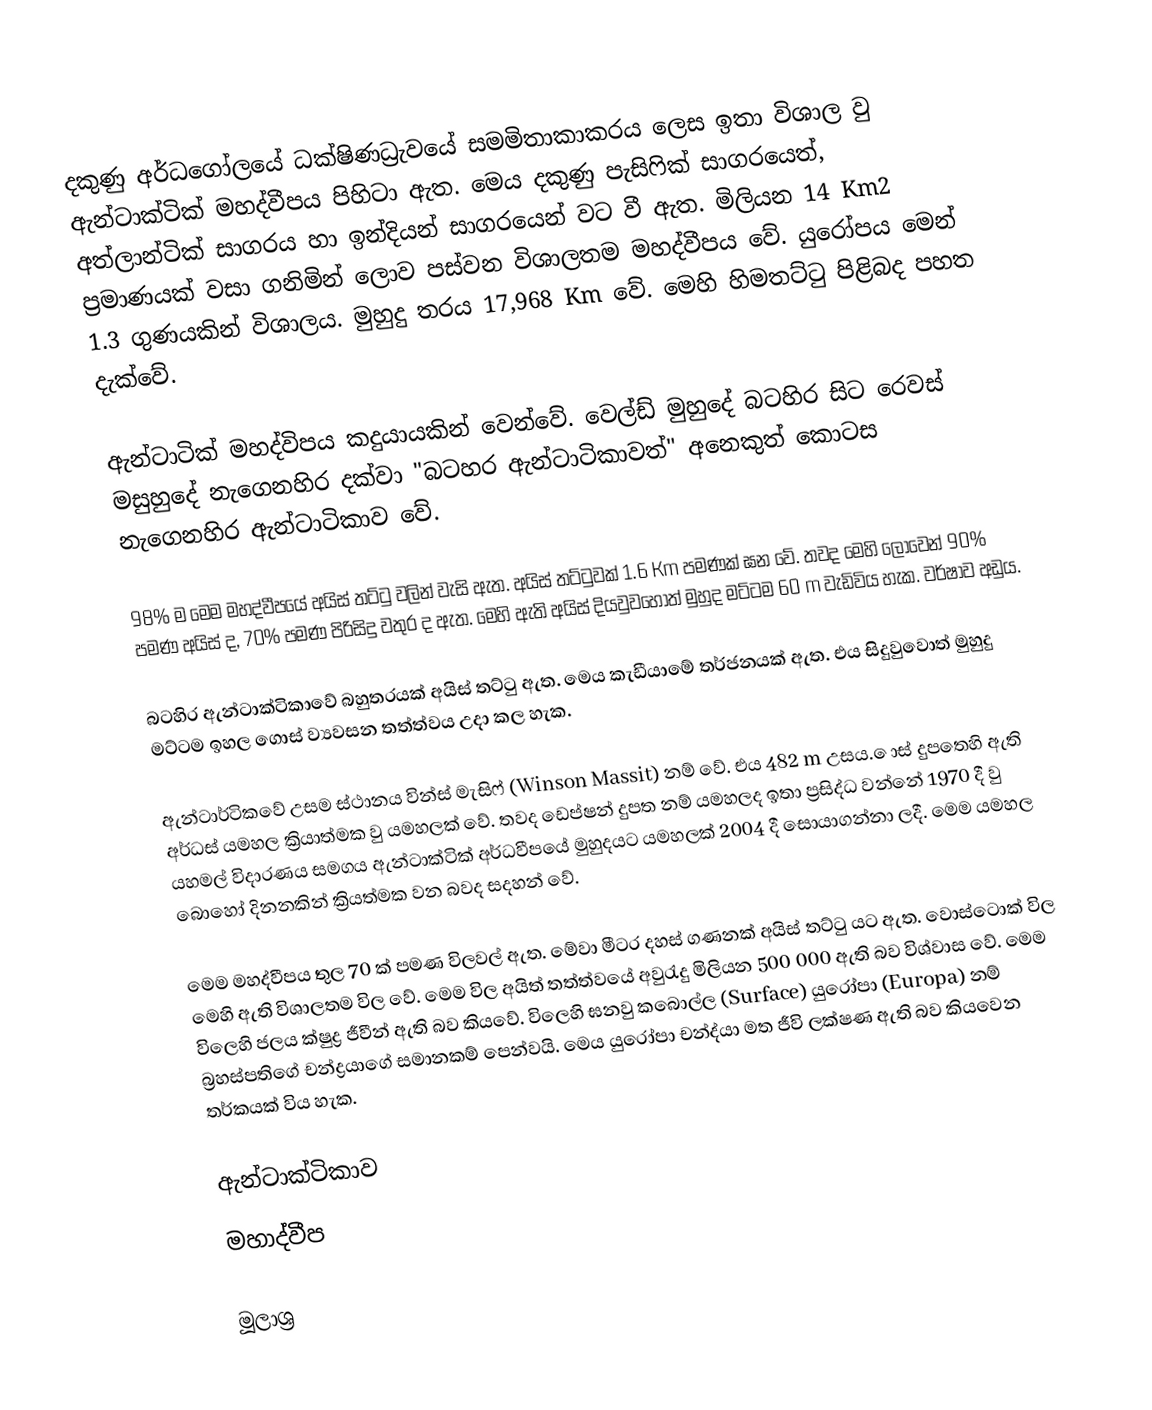
දකුණු අර්ධගෝලයේ ධක්ෂිණධ්‍රැවයේ සමමිතාකාකරය ලෙස ඉතා විශාල වු ඇන්ටාක්ටික් මහද්වීපය පිහිටා ඇත. මෙය දකුණු පැසිෆික් සාගරයෙත්, අත්ලාන්ටික් සාගරය හා ඉන්දියන් සාගරයෙන් වට වී ඇත. මිලියන 14 Km2 ප්‍රමාණයක් වසා ගනිමින් ලොව පස්වන විශාලතම මහද්වීපය වේ. යුරෝපය මෙන් 1.3 ගුණයකින් විශාලය. මුහුදු තරය 17,968 Km වේ. මෙහි හිමතට්ටු පිළිබද පහත දැක්වේ.

ඇන්ටාටික් මහද්විපය කදුයායකින් වෙන්වේ. වෙල්ඩ් මුහුදේ බටහිර සිට රෙවස් මසුහුදේ නැගෙනහිර දක්වා "බටහර ඇන්ටාටිකාවත්" අනෙකුත් කොටස නැගෙනහිර ඇන්ටාටිකාව වේ.

	98% ම මෙම මහද්වීපයේ අයිස් තට්ටු වලින් වැසි ඇත. අයිස් තට්ටුවක් 1.6 Km පමණක් ඝන වේ. තවද මෙහි ලොවෙන් 90% පමණ අයිස් ද, 70% පමණ පිරිසිදු වතුර ද ඇත. මෙහි ඇති අයිස් දියවුවහොත් මුහුද මට්ටම 60 m වැඩිවිය හැක. වර්ෂාව අඩුය.

බටහිර ඇන්ටාක්ටිකාවේ බහුතරයක් අයිස් තට්ටු ඇත. මෙය කැඩීයාමේ තර්ජනයක් ඇත. එය සිදුවුවොත් මුහුදු මට්ටම ඉහල ගොස් ව්‍යවසන තත්ත්වය උදා කල හැක.

ඇන්ටාර්ටිකවේ උසම ස්ථානය වින්ස් මැසිෆ් (Winson Massit) නම් වේ. එය 482 m උසය. ‍ොස් දුපතෙහි ඇති අර්ධස් යමහල ක්‍රියාත්මක වු යමහලක් වේ. තවද ඩෙප්ෂන් දුපත නම් යමහලද ඉතා ප්‍රසිද්ධ වන්නේ 1970 දී වු යහමල් විදාරණය සමගය ඇන්ටාක්ටික් අර්ධවීපයේ මුහුදයට යමහලක් 2004 දී සොයාගන්නා ලදී. මෙම යමහල බොහෝ දිනනකින් ක්‍රියත්මක වන බවද සදහන් වේ.

	මෙම මහද්වීපය තුල 70 ක් පමණ විලවල් ඇත. මේවා මීටර දහස් ගණනක් අයිස් තට්ටු යට ඇත. වොස්ටොක් විල මෙහි ඇති විශාලතම විල වේ. මෙම විල අයිත් තත්ත්වයේ අවුරැදු මිලියන 500 000 ඇති බව විශ්වාස වේ. මෙම විලෙහි ජලය ක්ෂුද්‍ර ජීවීන් ඇති බව කියවේ. විලෙහි ඝනවු කබොල්ල (Surface) යුරෝපා (Europa) නම් බ්‍රහස්පතිගේ චන්ද්‍රයාගේ සමානකම් පෙන්වයි. මෙය යුරෝපා චන්ද්යා මත ජීවි ලක්ෂණ ඇති බව කියවෙන තර්කයක් විය හැක.

ඇන්ටාක්ටිකාව
මහාද්වීප

මූලාශ්‍ර